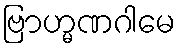
ဗြာဟ္မဏဂါမေ